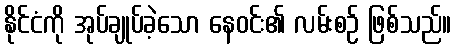
နိုင်ငံကို အုပ်ချုပ်ခဲ့သော နေဝင်း၏ လမ်းစဉ် ဖြစ်သည်။